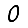
Digit: 0